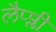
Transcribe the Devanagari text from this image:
लैप्प्ली